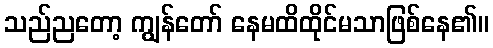
သည်ညတော့ ကျွန်တော် နေမထိထိုင်မသာဖြစ်နေ၏။